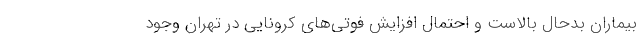
بیماران بدحال بالاست و احتمال افزایش فوتی‌های کرونایی در تهران وجود